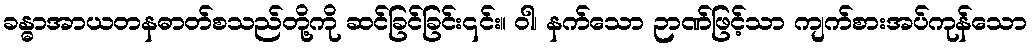
ခန္ဓာအာယတနဓာတ်စသည်တို့ကို ဆင်ခြင်ခြင်း၎င်း။ ဝါ၊ နက်သော ဉာဏ်ဖြင့်သာ ကျက်စားအပ်ကုန်သော